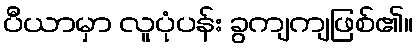
ပီယာမှာ လူပုံပန်း ခွကျကျဖြစ်၏။